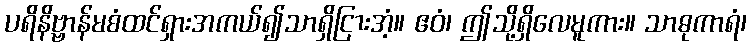
ပရိနိဗ္ဗာန်မစံထင်ရှားအကယ်၍သာရှိငြားအံ့။ ဧဝံ၊ ဤသို့ရှိလေမူကား။ သာဓုကာရံ၊